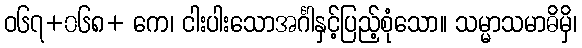
ဝ၆၇+၀၆၈+ ကေ၊ ငါးပါးသောအင်္ဂါနှင့်ပြည့်စုံသော။ သမ္မာသမာဓိမှိ၊